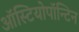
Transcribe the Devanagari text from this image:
ऑस्टियोपॉन्टिन